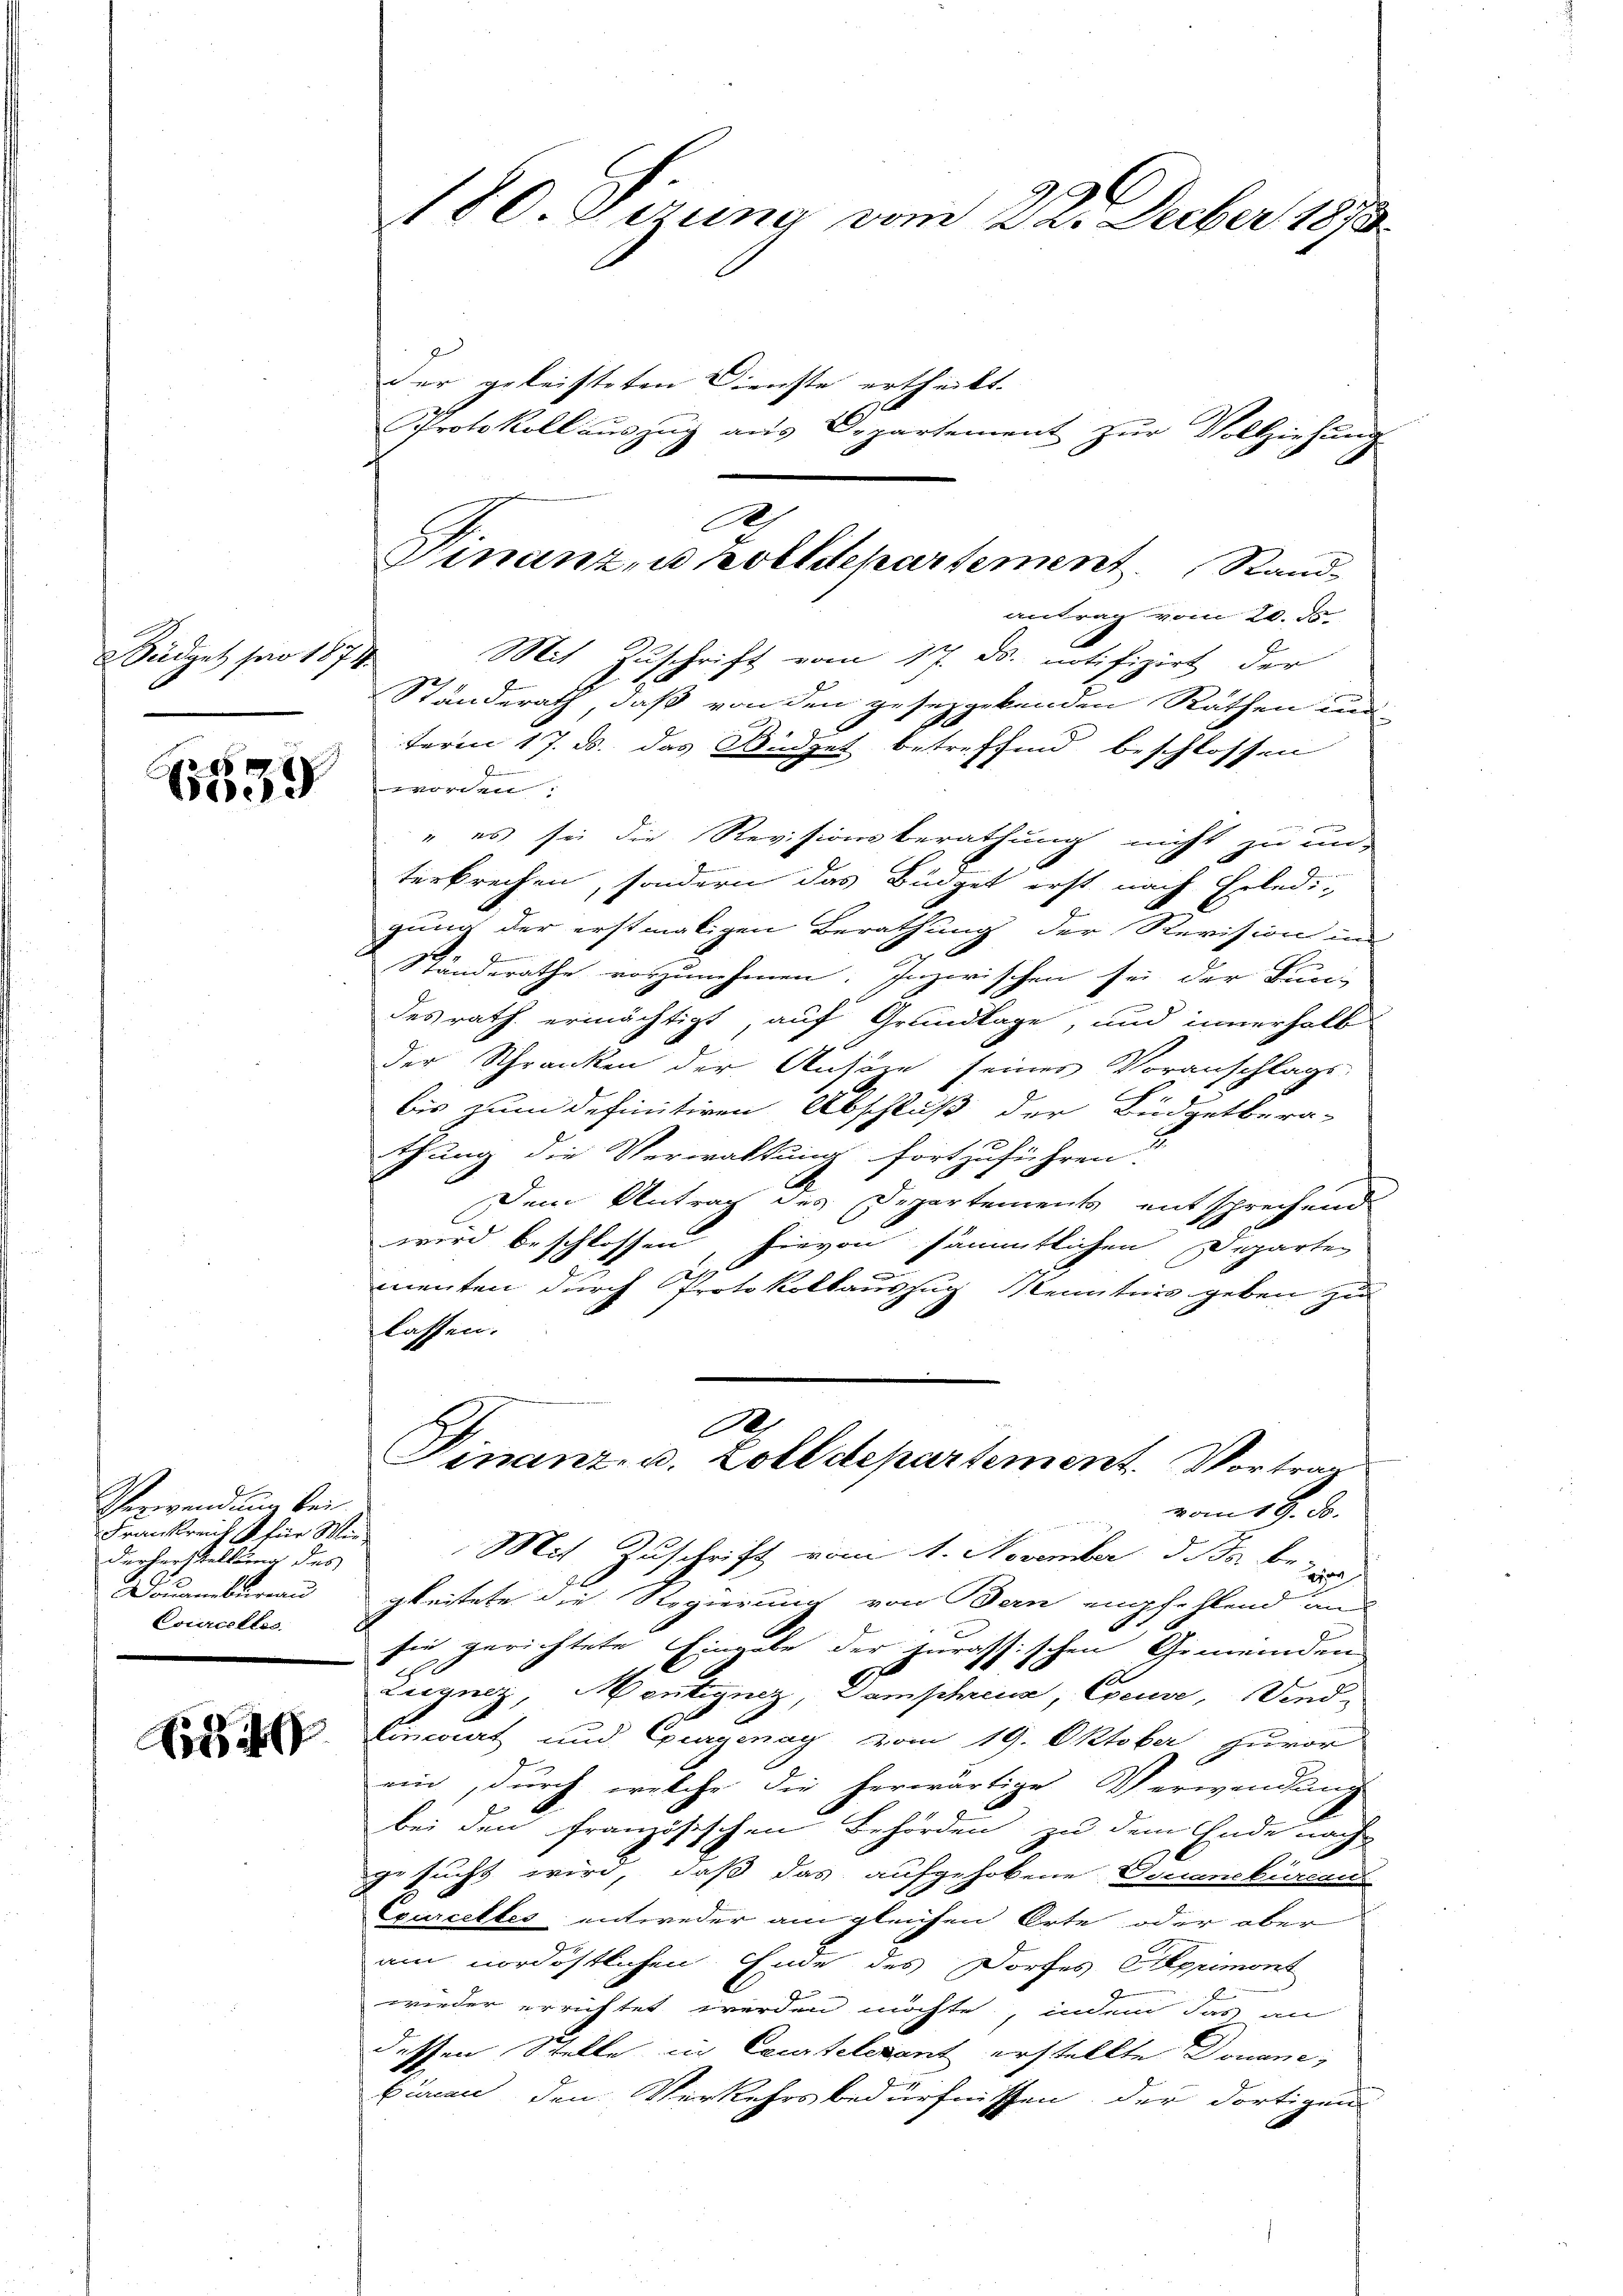
Büdget pro 187.

Epe

1
Verwendung bei
Frankreich für Manderherstellung des
Douanebureau
Courcelles

A 40

180. Eezung vom 22. Decber 1873

der geleisteten Dienste ertheilt.
Protokoll auszug aus Departement zur Vollziehung
antrag vom 20. ds.
Mit Zŭschrift vom 17. ds. notifizirt der
c
Ständerath, daß von den gesetzgebenden Räthen und
term 17. ds. das Büdget betreffend beschlossen
se
t
m gemach
" es sei die Revisionsberathung nicht zu un-
terbrechen, sondern das Büdget erst nach Erledi-
gung der erstmaligen Berathung der Revision um
Standerathe vorzunehmen. Inzwischen sei der Bun-
des rath ermächtigt, auf Grundlage, und innerhalb
der Schranken der Ansöze seines Voranschlags-
bis zum definitiven Abschluß der Büdgetbera-
thung die Verwaltung fortzuführen?
Dem Antrag des Departements entsprechend
wird beschlossen, hievon sämmtlichen Departen
2
menten durch Protokollauszug Kenntnis geben zu
lassen.
e
Finanz- u. Zolldepartement. Vortrag
vom 18. d.
Mit Zuschrift vom 1. November d. Js. bei
gleitete die Regierung von Bern empfehlend in
sie gerichtete Eingabe der jurassischen Gemeinden
Zugnez Mentignez, Domschrena, Cseuse, Sind
Eincart und Gurgenay, vom 19. Oktober zuvor
ein, durch welche die herwärtige Verwendung
bei den französischen Behörden zu dem Ende nach
gesucht wird, daß das aufgehobene Douanekürcans
Exurcettes entweder am gleichen Orte oder aber
am nordöstlichen Ende des Dorfes primont
wieder errichtet werden möchte, indem das an
dessen Stelle in Coustelevant erstellte Douaneburen den Verkehrsbedürfnissen, der dortigen

A
Vinanzen zolldepartement. Sand¬